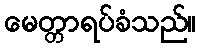
မေတ္တာရပ်ခံသည်။